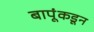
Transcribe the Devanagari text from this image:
बापूंकडून